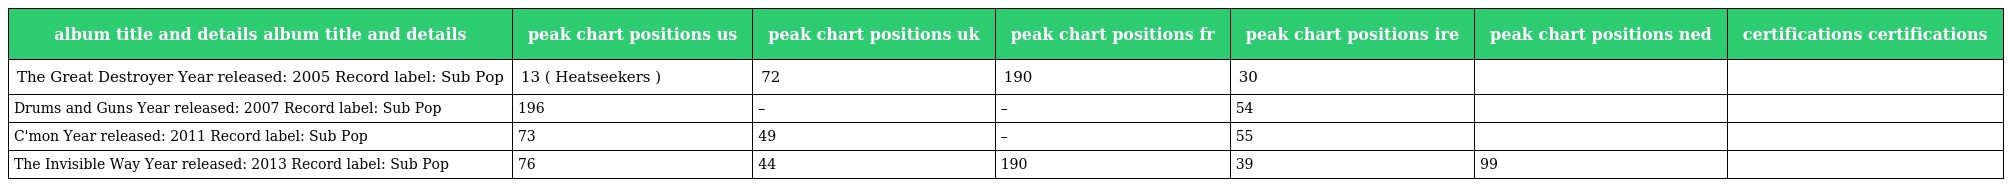
| album title and details album title and details | peak chart positions us | peak chart positions uk | peak chart positions fr | peak chart positions ire | peak chart positions ned | certifications certifications |
 | --- | --- | --- | --- | --- | --- | --- |
 | The Great Destroyer Year released: 2005 Record label: Sub Pop | 13 ( Heatseekers ) | 72 | 190 | 30 |  |  |
 | Drums and Guns Year released: 2007 Record label: Sub Pop | 196 | – | – | 54 |  |  |
 | C'mon Year released: 2011 Record label: Sub Pop | 73 | 49 | – | 55 |  |  |
 | The Invisible Way Year released: 2013 Record label: Sub Pop | 76 | 44 | 190 | 39 | 99 |  |